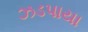
ઝડપાયા